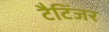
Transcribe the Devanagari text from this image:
टैटिंजर